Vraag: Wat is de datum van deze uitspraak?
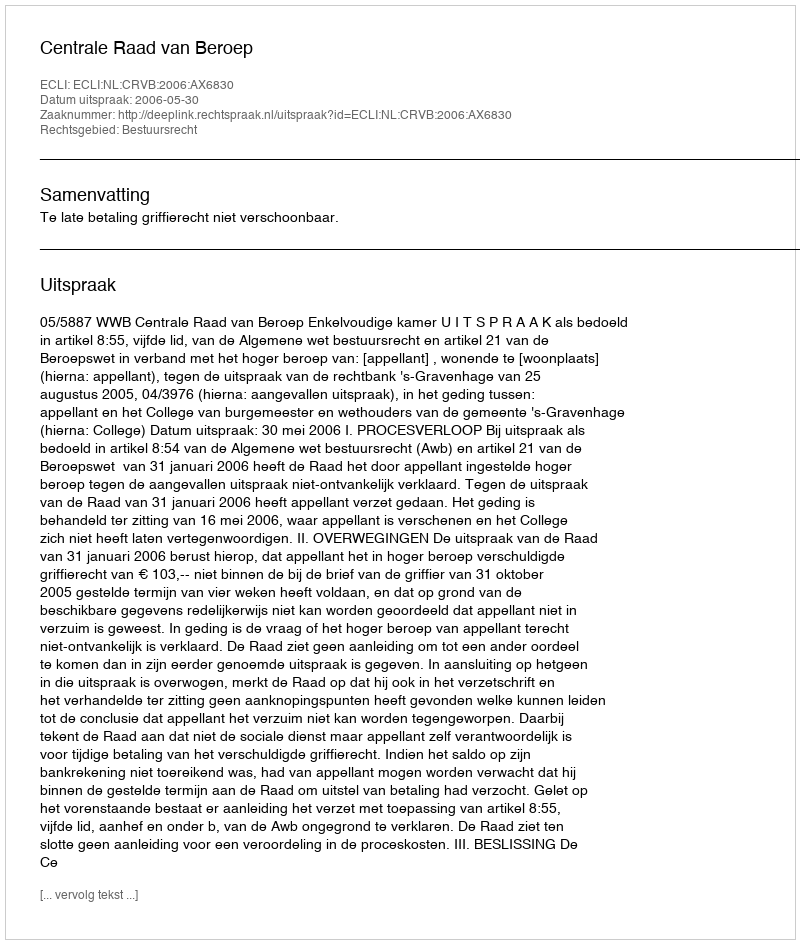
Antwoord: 2006-05-30